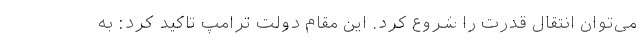
می‌توان انتقال قدرت را شروع کرد. این مقام دولت ترامپ تاکید کرد: به